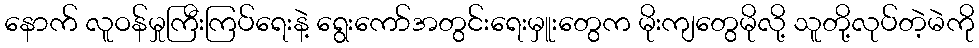
နောက် လူဝန်မှုကြီးကြပ်ရေးနဲ့ ရွေးကော်အတွင်းရေးမှူးတွေက မိုးကျတွေမိုလို့ သူတို့လုပ်တဲ့မဲကို